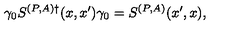
\gamma _ { 0 } S ^ { ( P , A ) \dagger } ( x , x ^ { \prime } ) \gamma _ { 0 } = S ^ { ( P , A ) } ( x ^ { \prime } , x ) ,